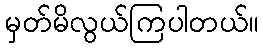
မှတ်မိလွယ်ကြပါတယ်။